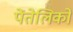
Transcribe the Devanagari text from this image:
पेंतेलिको